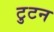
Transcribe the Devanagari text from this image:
टुटन